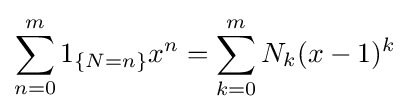
\sum _{n=0}^{m}1_{\{N=n\}}x^{n}=\sum _{k=0}^{m}N_{k}(x-1)^{k}